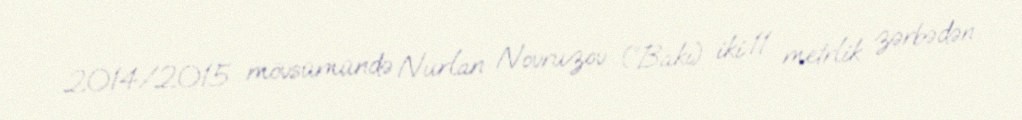
2014/2015 mövsümündə Nurlan Novruzov (“Bakı) iki 11 metrlik zərbədən